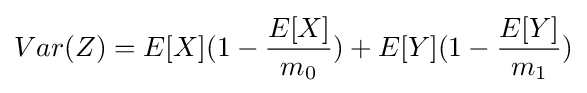
Var(Z)=E[X](1-{\frac {E[X]}{m_{0}}})+E[Y](1-{\frac {E[Y]}{m_{1}}})